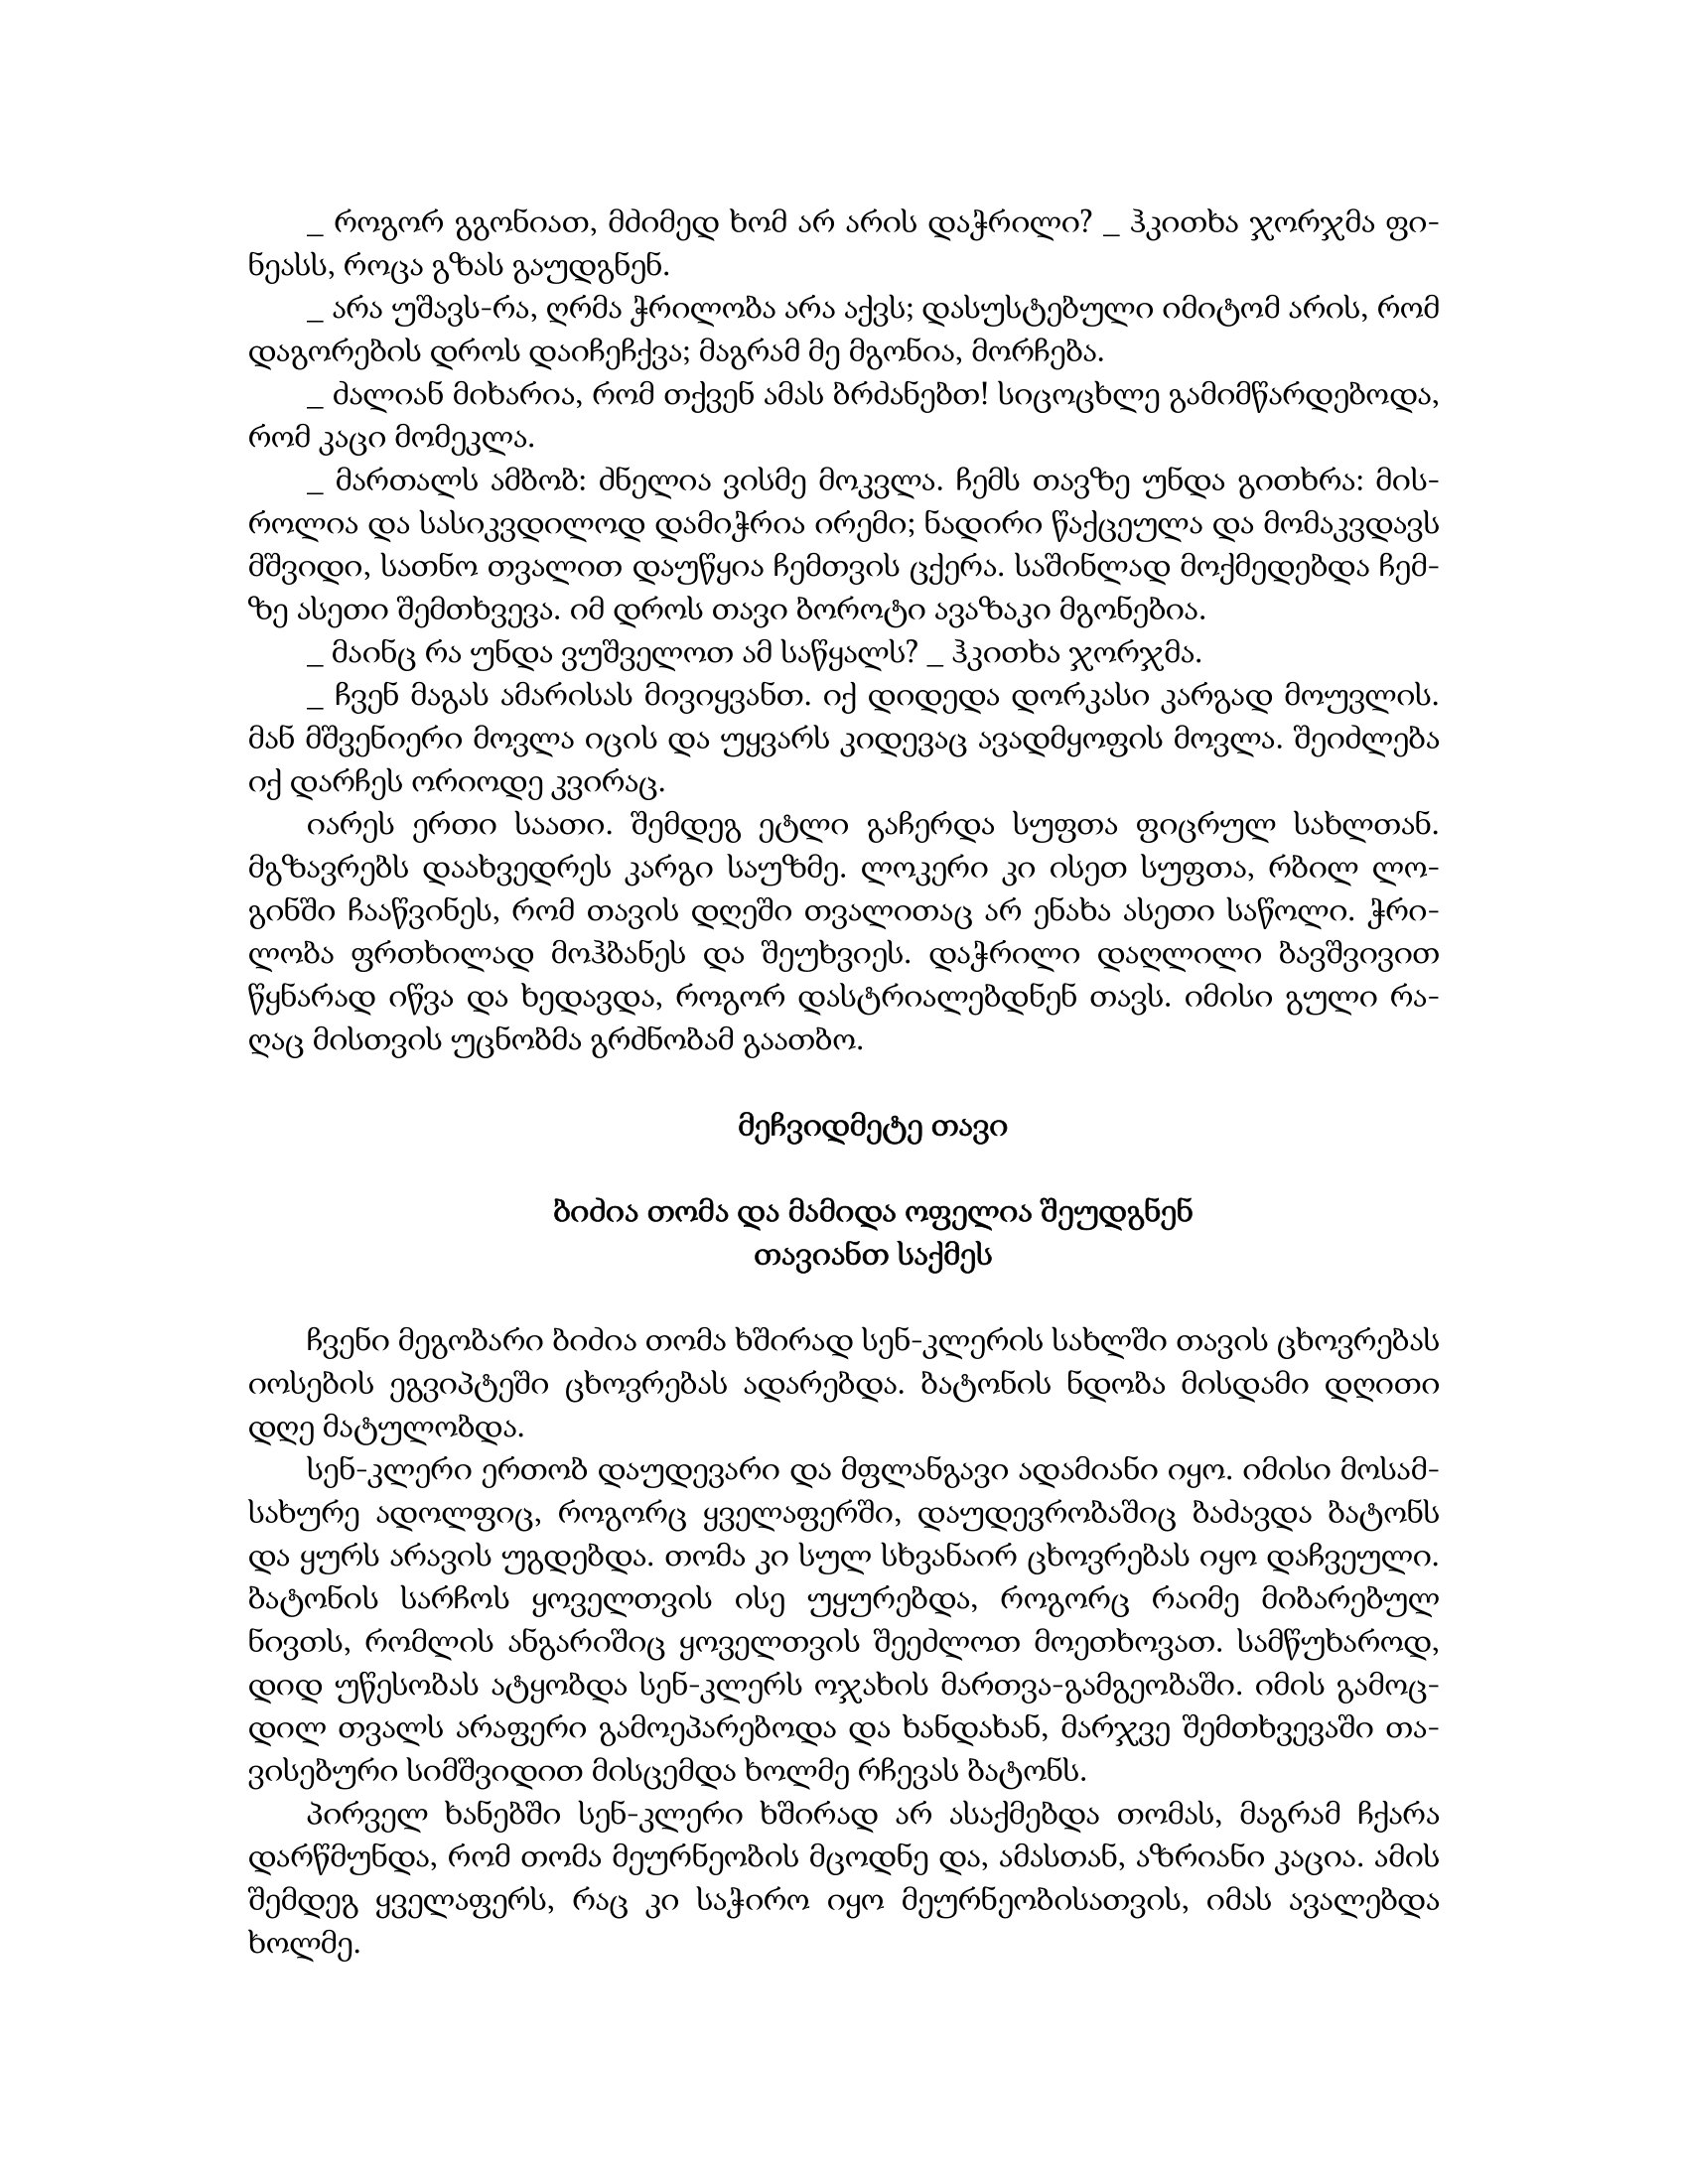
Language: gr